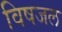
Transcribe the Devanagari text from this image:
विषजल